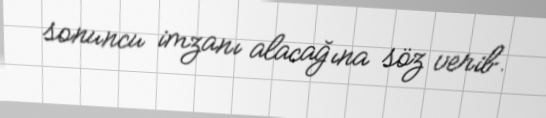
sonuncu imzanı alacağına söz verib.